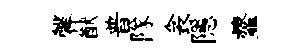
馨猷普隊衾隱虀